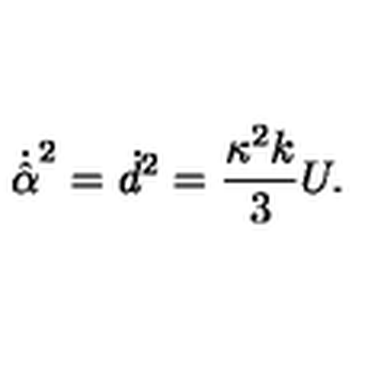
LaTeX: \dot { \hat { \alpha } } ^ { 2 } = \dot { d } ^ { 2 } = \frac { \kappa ^ { 2 } k } { 3 } U .